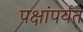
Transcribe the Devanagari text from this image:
पक्षांपर्यंत